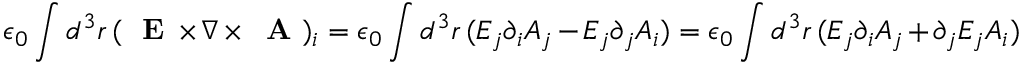
\epsilon _ { 0 } \int d ^ { 3 } r \, ( \mathrm { ~ \bf ~ E ~ } \times \nabla \times \mathrm { ~ \bf ~ A ~ } ) _ { i } = \epsilon _ { 0 } \int d ^ { 3 } r \, ( E _ { j } \partial _ { i } A _ { j } - E _ { j } \partial _ { j } A _ { i } ) = \epsilon _ { 0 } \int d ^ { 3 } r \, ( E _ { j } \partial _ { i } A _ { j } + \partial _ { j } E _ { j } A _ { i } )